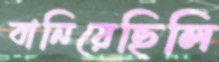
বানিয়েছিলি